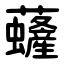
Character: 虄